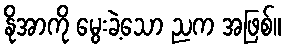
နိုအာကို မွေးခဲ့သော ညက အဖြစ်။